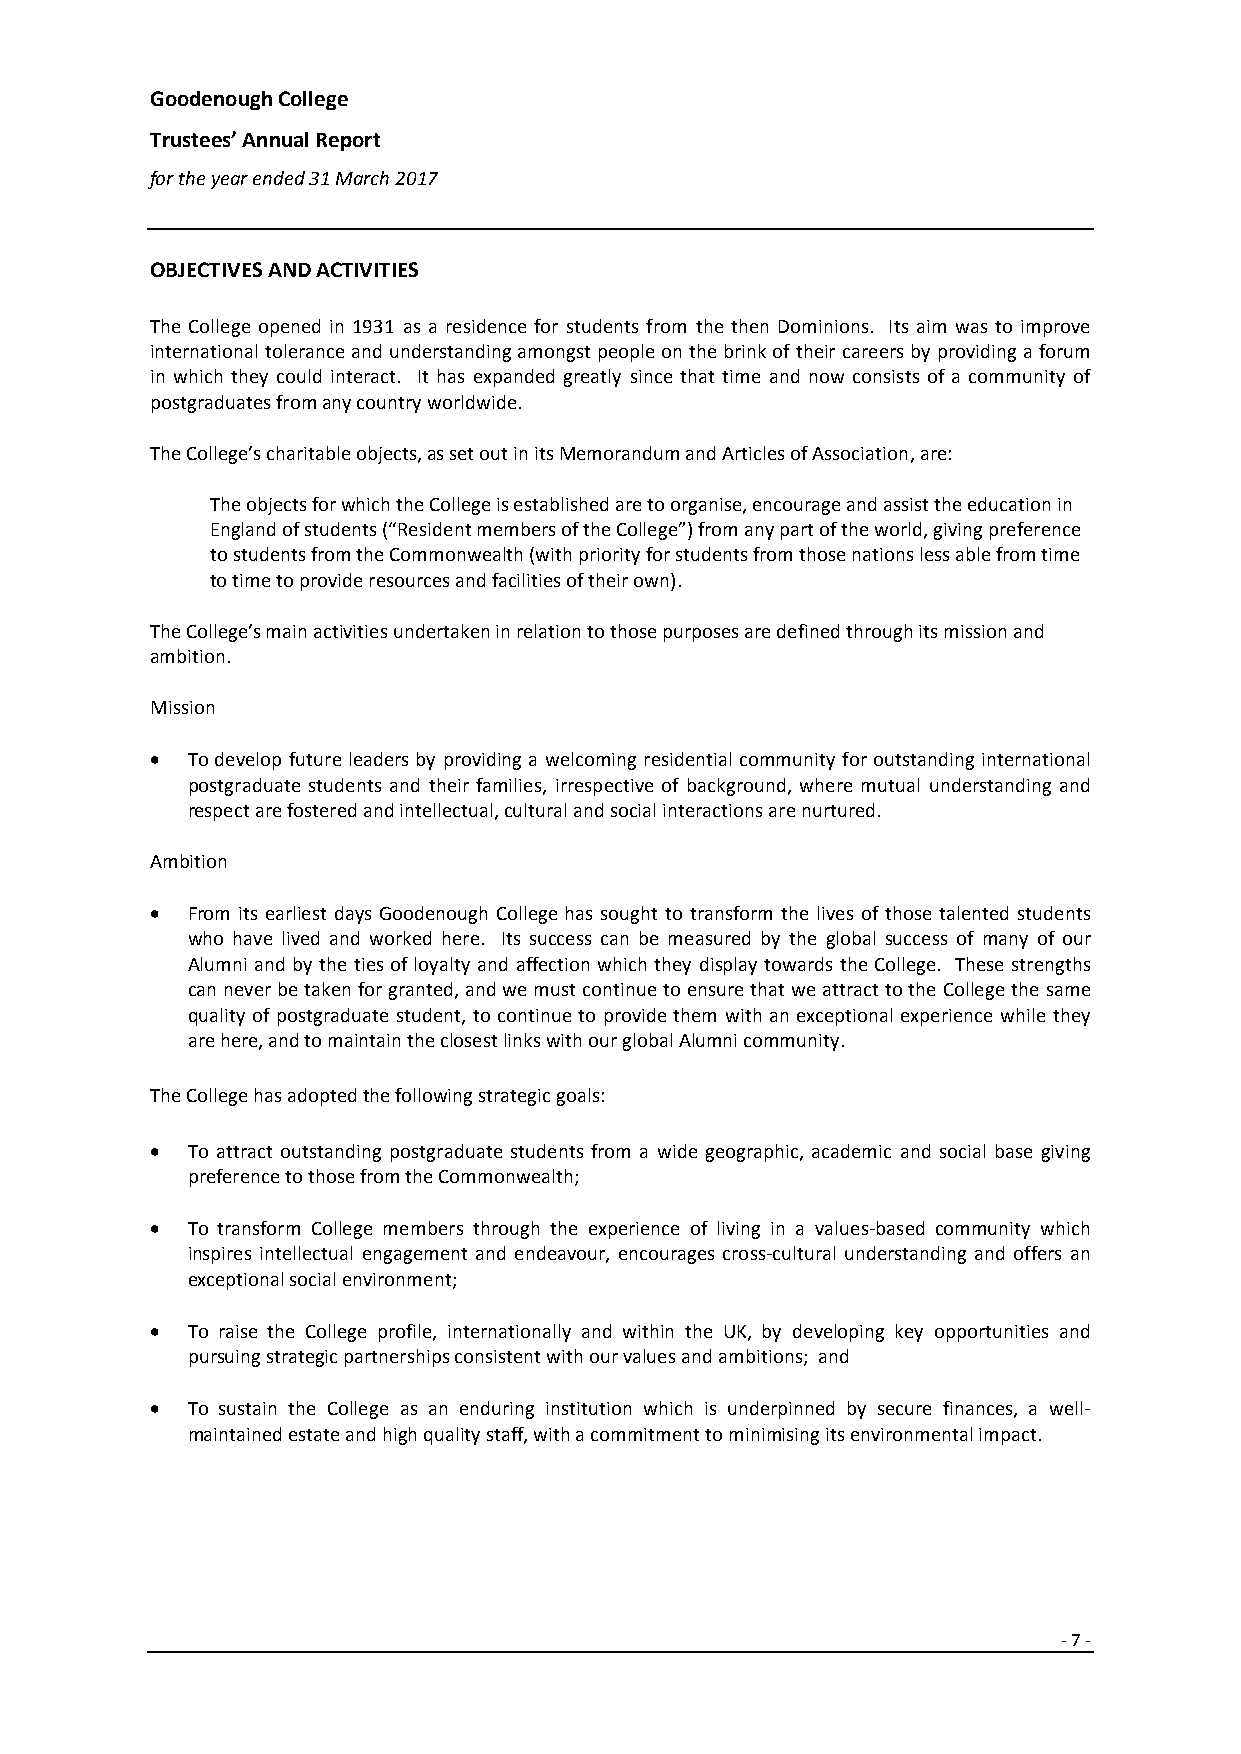
Goodenough College
 Trustees’ Annual Report
 for the year ended 31 March 2017
 OBJECTIVES AND ACTIVITIES
 The College opened in 1931 as a residence for students from the then Dominions. Its aim was to improve
 international tolerance and understanding amongst people on the brink of their careers by providing a forum
 in which they could interact. It has expanded greatly since that time and now consists of a community of
 postgraduates from any country worldwide.
 The College’s charitable objects, as set out in its Memorandum and Articles of Association, are:
 The objects for which the College is established are to organise, encourage and assist the education in
 England of students (“Resident members of the College”) from any part of the world, giving preference
 to students from the Commonwealth (with priority for students from those nations less able from time
 to time to provide resources and facilities of their own).
 The College’s main activities undertaken in relation to those purposes are defined through its mission and
 ambition.
 Mission
 • To develop future leaders by providing a welcoming residential community for outstanding international
 postgraduate students and their families, irrespective of background, where mutual understanding and
 respect are fostered and intellectual, cultural and social interactions are nurtured.
 Ambition
 • From its earliest days Goodenough College has sought to transform the lives of those talented students
 who have lived and worked here. Its success can be measured by the global success of many of our
 Alumni and by the ties of loyalty and affection which they display towards the College. These strengths
 can never be taken for granted, and we must continue to ensure that we attract to the College the same
 quality of postgraduate student, to continue to provide them with an exceptional experience while they
 are here, and to maintain the closest links with our global Alumni community.
 The College has adopted the following strategic goals:
 • To attract outstanding postgraduate students from a wide geographic, academic and social base giving
 preference to those from the Commonwealth;
 • To transform College members through the experience of living in a values-based community which
 inspires intellectual engagement and endeavour, encourages cross-cultural understanding and offers an
 exceptional social environment;
 • To raise the College profile, internationally and within the UK, by developing key opportunities and
 pursuing strategic partnerships consistent with our values and ambitions; and
 • To sustain the College as an enduring institution which is underpinned by secure finances, a well-
 maintained estate and high quality staff, with a commitment to minimising its environmental impact.
 -7 -